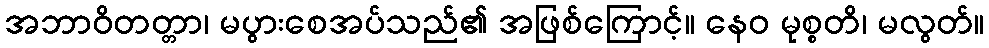
အဘာဝိတတ္တာ၊ မပွားစေအပ်သည်၏ အဖြစ်ကြောင့်။ နေဝ မုစ္စတိ၊ မလွတ်။